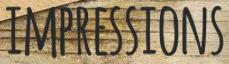
IMPRESSIONS